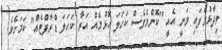
ވިދާޅުވެފައި ވަނީ އެއީ "ކޮންމެވެސް ކަހަލަ އޮޅުމެއް އަރާ ކަހަލަ ޑްރާފްޓެއް" ކަމަށެވެ.